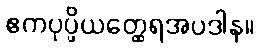
ဧကပုပ္ဖိယတ္ထေရအပဒါန။